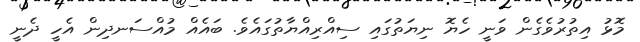
މޮޅު އިތުރުވެގެން ވަނީ ހެޔޮ ނިޔަތުގައި ސިއްރިއްޔާތުގައެވެ. ބައެއް މުއްސަނދިން އެހީ ދެނީ